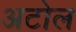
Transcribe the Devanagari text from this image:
अटोल